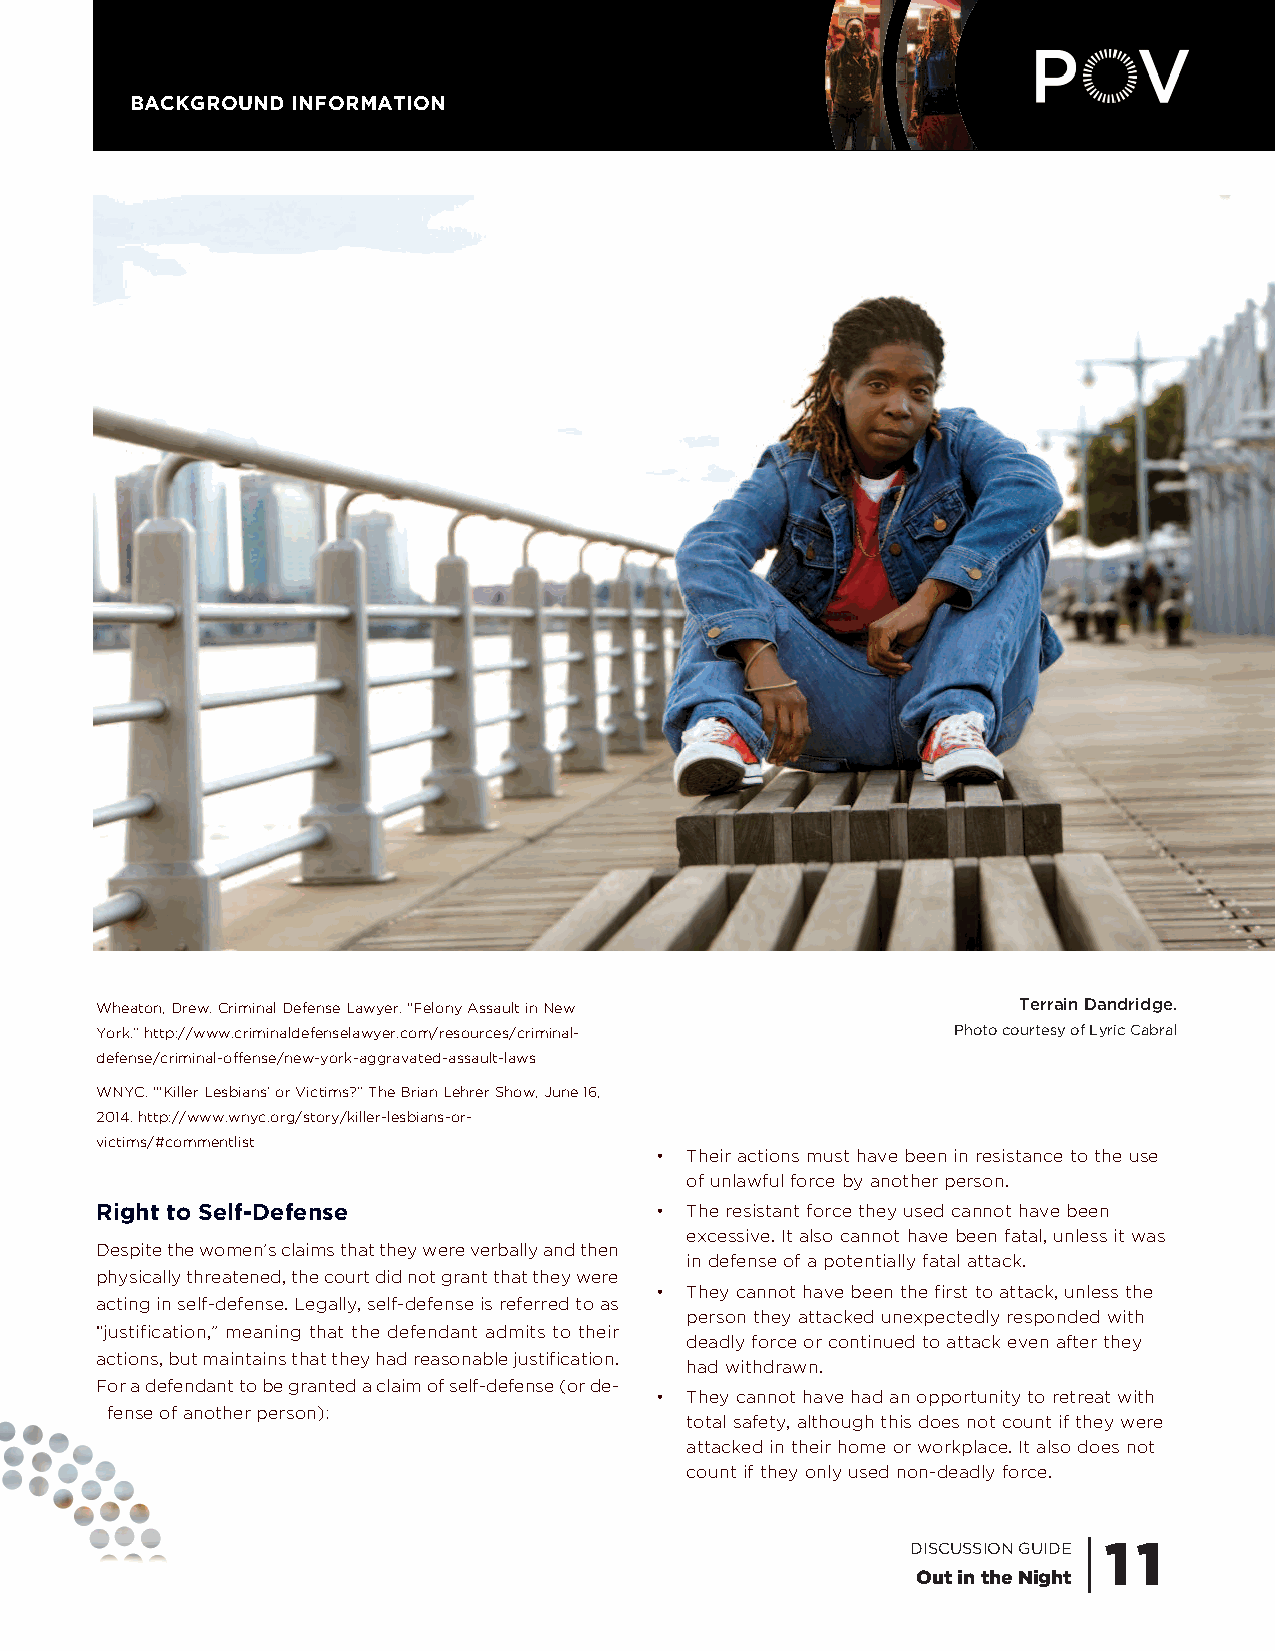
BACKGROUND INFORMATION
 Wheaton, Drew. Criminal Defense Lawyer. “Felony Assault in New Terrain Dandridge.
 York.” http://www.criminaldefenselawyer.com/resources/criminal- Photo courtesy of Lyric Cabral
 defense/criminal-offense/new-york-aggravated-assault-laws
 WNYC. “‘Killer Lesbians’ or Victims?” The Brian Lehrer Show, June 16,
 2014. http://www.wnyc.org/story/killer-lesbians-or-
 victims/#commentlist
 • Their actions must have been in resistance to the use
 of unlawful force by another person.
 Right to Self-Defense                • The resistant force they used cannot have been
 excessive. It also cannot have been fatal, unless it was
 Despite the women’s claims that they were verbally and then
 in defense of a potentially fatal attack.
 physically threatened, the court did not grant that they were
 • They cannot have been the first to attack, unless the
 acting in self-defense. Legally, self-defense is referred to as
 person they attacked unexpectedly responded with
 “justification,” meaning that the defendant admits to their
 deadly force or continued to attack even after they
 actions, but maintains that they had reasonable justification.
 had withdrawn.
 For a defendant to be granted a claim of self-defense (or de-
 • They cannot have had an opportunity to retreat with
 fense of another person):
 total safety, although this does not count if they were
 attacked in their home or workplace. It also does not
 count if they only used non-deadly force.
 DISCUSSION GUIDE | 1 1
 Out in the Night